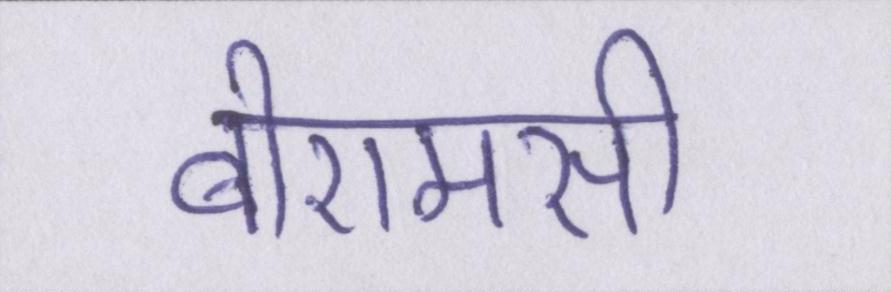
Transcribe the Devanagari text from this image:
बीएमसी